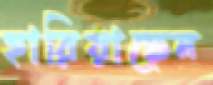
হারিয়াছেন